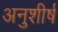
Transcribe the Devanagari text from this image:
अनुशीर्ष